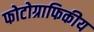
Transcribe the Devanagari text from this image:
फोटोग्राफिकीय